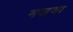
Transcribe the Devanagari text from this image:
मडया